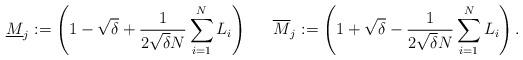
LaTeX: \begin{align*}\underline{M}_j := \left(1- \sqrt{\delta} + \frac{1}{2\sqrt{\delta}N} \sum_{i=1}^N L_i\right) && && \overline{M}_j := \left(1+ \sqrt{\delta} - \frac{1}{2\sqrt{\delta}N} \sum_{i=1}^N L_i\right) .\end{align*}